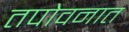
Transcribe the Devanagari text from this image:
तपोवनात